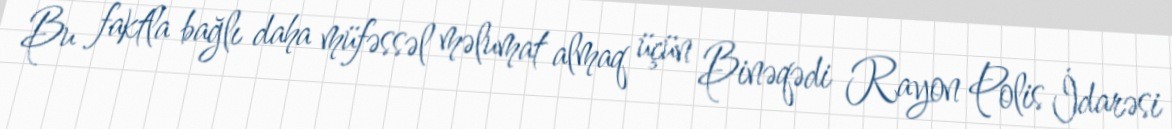
Bu faktla bağlı daha müfəssəl məlumat almaq üçün Binəqədi Rayon Polis İdarəsi